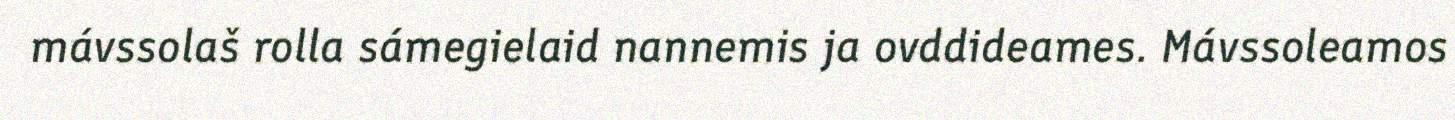
mávssolaš rolla sámegielaid nannemis ja ovddideames. Mávssoleamos